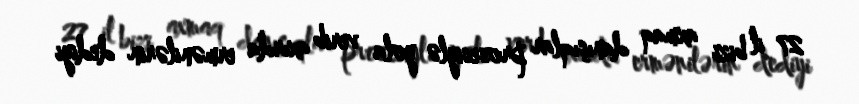
27 il bizi axmaq danışıqlar prosesiylə yola verib axırda ermənilərin dediyi